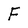
Character: F